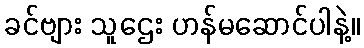
ခင်ဗျား သူဌေး ဟန်မဆောင်ပါနဲ့။